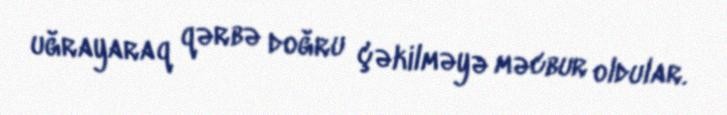
uğrayaraq qərbə doğru çəkilməyə məcbur oldular.